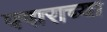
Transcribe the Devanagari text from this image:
पगाराच्या